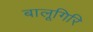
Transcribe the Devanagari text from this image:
बालूगिरि